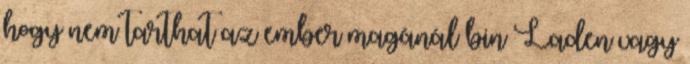
hogy nem tarthat az ember magánál bin Laden vagy